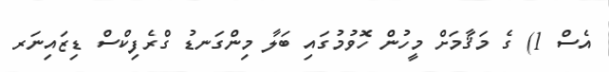
އެސް 1) ގެ މަޤާމަށް މީހުން ހޮވުމުގައި ބަލާ މިންގަނޑު ގްރެފިކްސް ޑިޒައިނަރ